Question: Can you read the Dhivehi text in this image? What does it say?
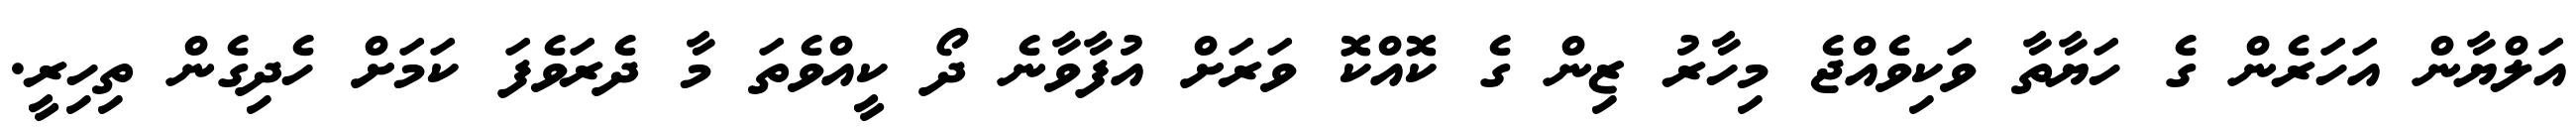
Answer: އަލްޔާން އަހަރެން ގެ ހަޔާތާ ވަކިވެއްޖެ މިހާރު ޒިން ގެ ކޮއްކޮ ވަރަށް އުފާވާނެ ދޯ ކީއްވެތަ މާ ދެރަވެފަ ކަމަށް ހެދިގެން ތިހިރީ.